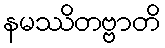
နမဿိတဗ္ဗာတိ